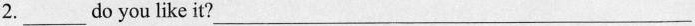
2.___do you like it? ___